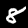
Digit: 8